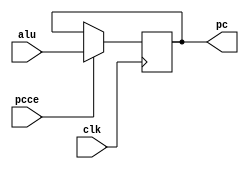
// program counter
module pc_reg(clk, pcce, alu, pc); //   
input clk, pcce;
input [15:0] alu;
output [15:0] pc;
reg [15:0] pc;

always @(negedge clk)
if(pcce)
pc <= alu[15:0];
endmodule